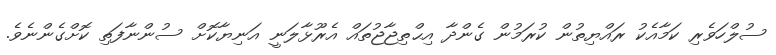
ސުލްހަވެރި ކަމާއެކު ރައްޔިތުން ކުރަމުން ގެންދާ އިޙްތިޖާޖުތައް އެރޫޅާލަނީ އަނިޔާކޮށް ސުންނާފަތި ކޮށްގެންނެވެ.